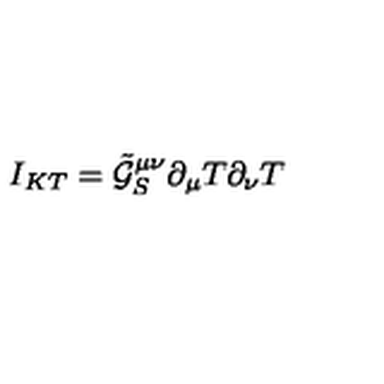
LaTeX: I _ { K T } = \tilde { \mathcal { G } } _ { S } ^ { \mu \nu } \partial _ { \mu } T \partial _ { \nu } T